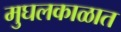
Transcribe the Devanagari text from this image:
मुघलकाळात